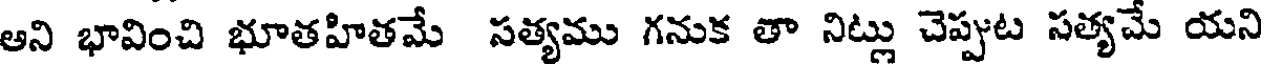
అని భావించి భూతహితమే సత్యము గనుక తా నిట్లు చెప్పుట సత్యమే యని